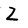
Character: Z